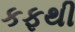
કફથી